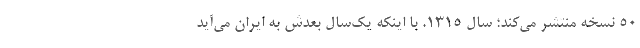
۵۰ نسخه منتشر می‌کند؛ سال ۱۳۱۵. با اینکه یک‌سال بعدش به ایران می‌آید